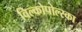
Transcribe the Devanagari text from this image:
विल्कोपोल्स्का